Report of the Hyderabad Chloroform Commission
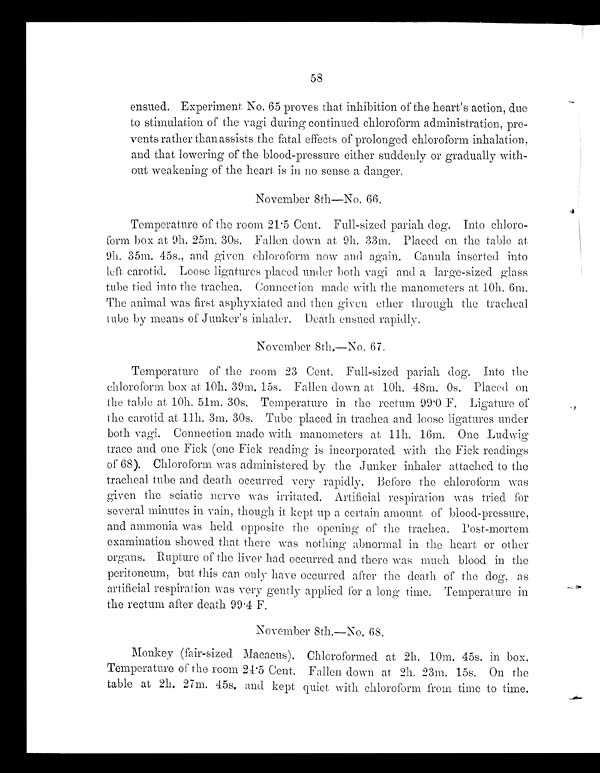
58
ensued. Experiment No. 65 proves that inhibition of the heart's action, due
to stimulation of the vagi during continued chloroform administration, pre-
vents rather than assists the fatal effects of prolonged chloroform inhalation,
and that lowering of the blood-pressure either suddenly or gradually with-
out weakening of the heart is in no sense a danger.
November 8th-No. 66,
Temperature of the room 21 . 5 Cent. Full-sized pariah dog. Into chloro-
form box at 9h. 25m. 30s. Fallen down at Oh. 33m. Placed on the table at
9h. 35m. 45s., and given chloroform now and again. Canula inserted into
left carotid. Loose ligatures placed under both vagi and a large-sized glass
tube tied into the trachea. Connection made with the manometers at 10h. 6m.
The animal was first asphyxiated and then given ether through the tracheal
tube by means of Junker's inhaler. Death ensued rapidly.
November 8th,-No. 67.
Temperature of the room 23 Cent. Full-sized pariah dog. Into the
chloroform box at 10h. 30m. 15s. Fallen down at 10h. 48m. 0s. Placed on
the table at 10h. 51m. 30s. Temperature in the rectum 99 .0 F. Ligature of
the carotid at 11h. 3m. 30s. Tube placed in trachea and loose ligatures under
both vagi. Connection made with manometers at 11h. 16m. One Ludwig
trace and one Fick (one Fick reading is incorporated with the Fick readings
of 68). Chloroform was administered by the Junker inhaler attached to the
tracheal tube and death occurred very rapidly. Before the chloroform was
given the sciatic nerve was irritated. Artificial respiration was tried for
several minutes in vain, though it kept up a certain amount of blood-pressure,
and ammonia was held opposite the opening of the trachea. Post-mortem
examination showed that there was nothing abnormal in the heart or other
organs. Rupture of the liver had occurred and there was much blood in the
peritoneum, but this can only have occurred after the death of the dog, as
artificial respiration was very gently applied for a long time. Temperature in
the rectum after death 99 . 4 F.
November 8th.—No. 68.
Monkey (fair-sized Macacus).Chloroformed at 2h. 10m. 45s. in box.
Temperature of the room 24 . 5 Cent.Fallen down at 2h. 23m. 15s. On the
table at 2h. 27m. 45s and kept quiet with chloroform from time to time.